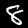
Label: 8